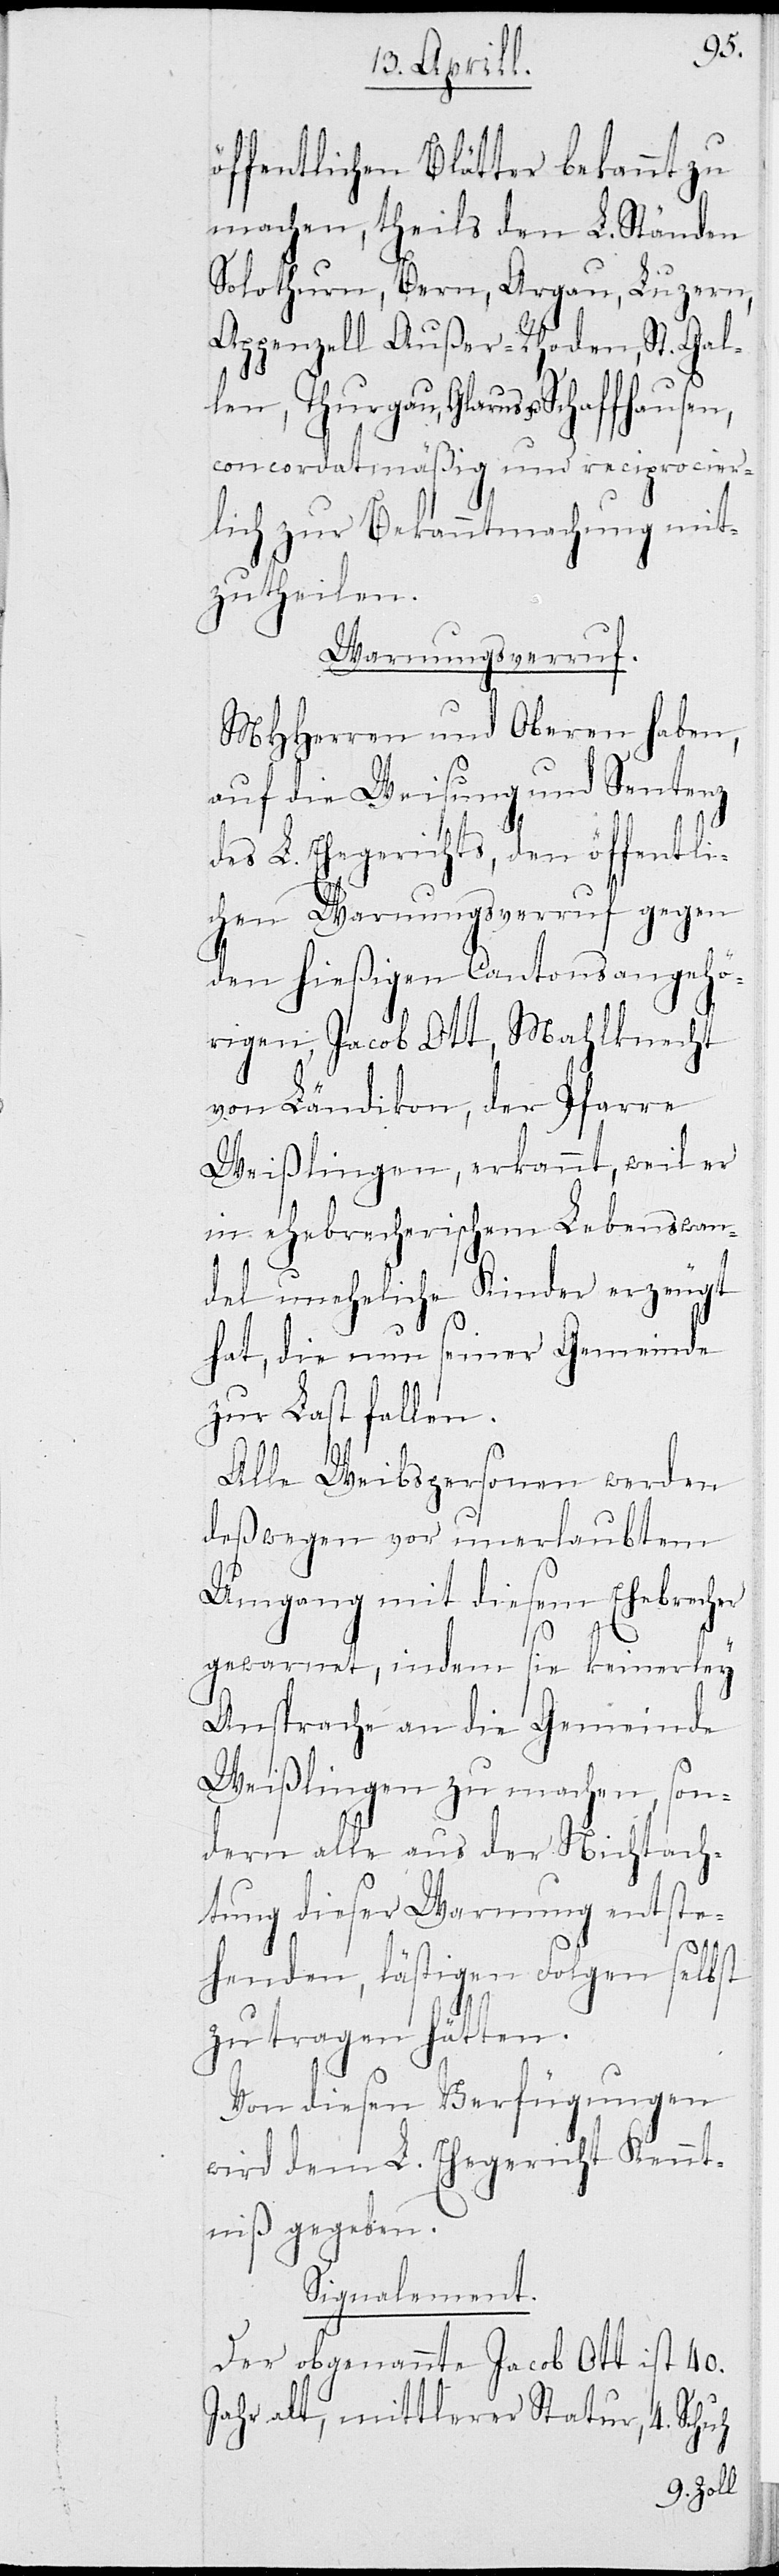
tach¬
öffentlichen Blätter bekannt zu
machen, theils den L. Ständen
Solothurn, Bern, Argau, Luzern,
Appenzell Außer-Rhoden, St. Gal¬
len, Thurgau, Glarus und
er
concordatmäßig und recip¬
lich zur Bekanntmachung
zutheilen.
Warnungsverruf.
MHHerren und Oberen haben,
entst¬
auf die Weisung und
L. Ehegerichts, den öffent¬
l¬
ichen Warnungsverruf
den hießigen Cantonsangeh¬
örigen, Jacob Ott, Mahlknecht
von Ländikon, der Pfarre
Weißlingen, erkannt, weil er
in ehebrecherischem Lebensw¬
del uneheliche Kinder erzeugt
hat, die nun seiner Gemeinde
zur Last fallen.
Alle Weibspersonen werden
deßwegen vor unerlaubtem
Umgang mit diesem Ehebrech¬
gewarnet, indem
Ansprache an die Gem¬
Weißlingen zu m¬
son¬
dern alle aus der Nich¬
tung dieser Warnung
ehenden, lästigen Folgen selbst
zu tragen hätten.
Von diesen Verfügungen
wird dem L. Ehegericht Kennt¬
niß gegeben.
Signalement.
Der obgenannte Jacob Ott ist 40.
Jahr alt, mittlerer Statur, 4 Schuh